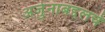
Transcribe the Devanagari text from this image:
अर्जुनाबद्दलचे